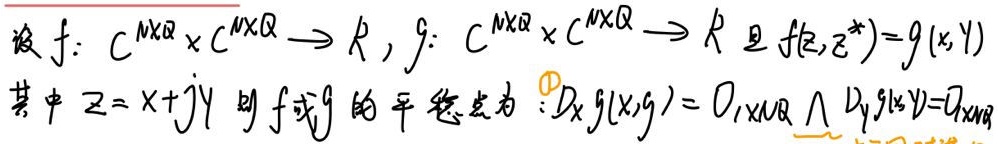
设\(f: \mathbb{C}^{N\times Q} \times \mathbb{C}^{N\times Q} \to \mathbb{R}\)，\(g: \mathbb{C}^{N\times Q} \times \mathbb{C}^{N\times Q} \to \mathbb{R}\)且\(f(\mathcal{Z},\mathcal{Z}^{*}) = g(\mathcal{X},\mathcal{Y})\)，其中\(\mathcal{Z}=\mathcal{X}+j\mathcal{Y}\)。则\(f\)或\(g\)的平稳点为：\(D_{\mathcal{X}} g(\mathcal{X},\mathcal{Y}) = 0_{1\times N\times Q} \cap D_{\mathcal{Y}} g(\mathcal{X},\mathcal{Y}) = 0_{1\times N\times Q}\)